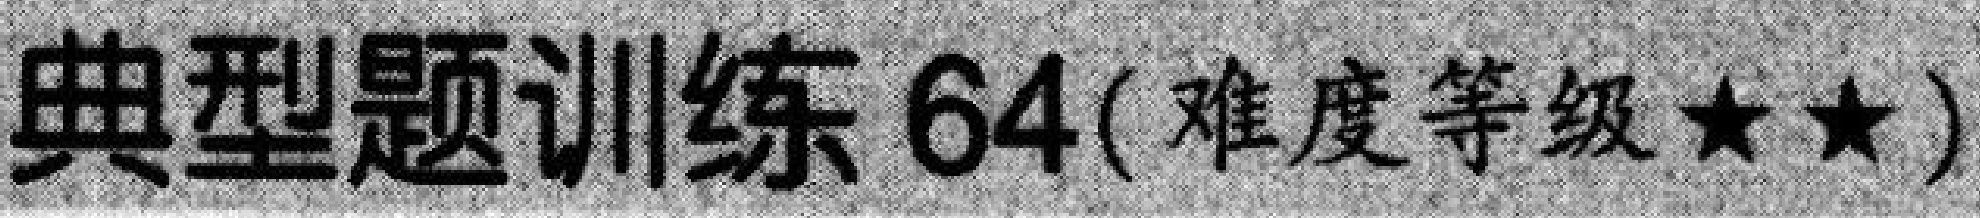
典型题训练 \(64\)( 难度等级 \(\star\star\) )